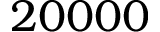
2 0 0 0 0